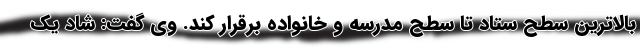
بالاترین سطح ستاد تا سطح مدرسه و خانواده برقرار کند. وی گفت: شاد یک